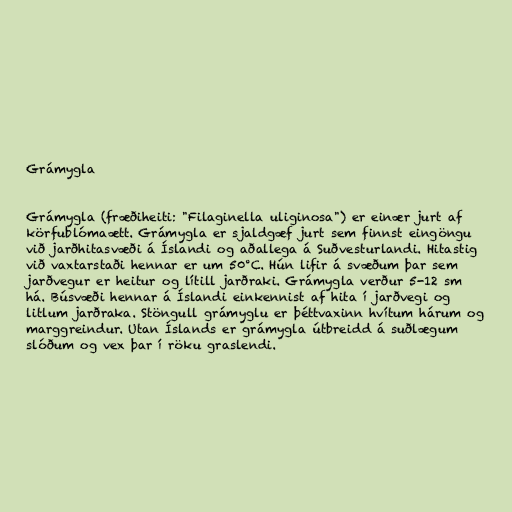
Grámygla

Grámygla (fræðiheiti: "Filaginella uliginosa") er einær jurt af
körfublómaætt. Grámygla er sjaldgæf jurt sem finnst eingöngu
við jarðhitasvæði á Íslandi og aðallega á Suðvesturlandi. Hitastig
við vaxtarstaði hennar er um 50°C. Hún lifir á svæðum þar sem
jarðvegur er heitur og lítill jarðraki. Grámygla verður 5-12 sm
há. Búsvæði hennar á Íslandi einkennist af hita í jarðvegi og
litlum jarðraka. Stöngull grámyglu er þéttvaxinn hvítum hárum og
marggreindur. Utan Íslands er grámygla útbreidd á suðlægum
slóðum og vex þar í röku graslendi.